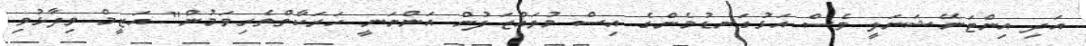
އަދި އިންޓަނޭޝަނަލީ ވެސް އަޅުގަނޑުމެންގެ އިސް މުވައްޒަފުން އަންނަނީ ހަރަކާތްތެރިވަމުން" އަޒީމް ވިދާޅުވި